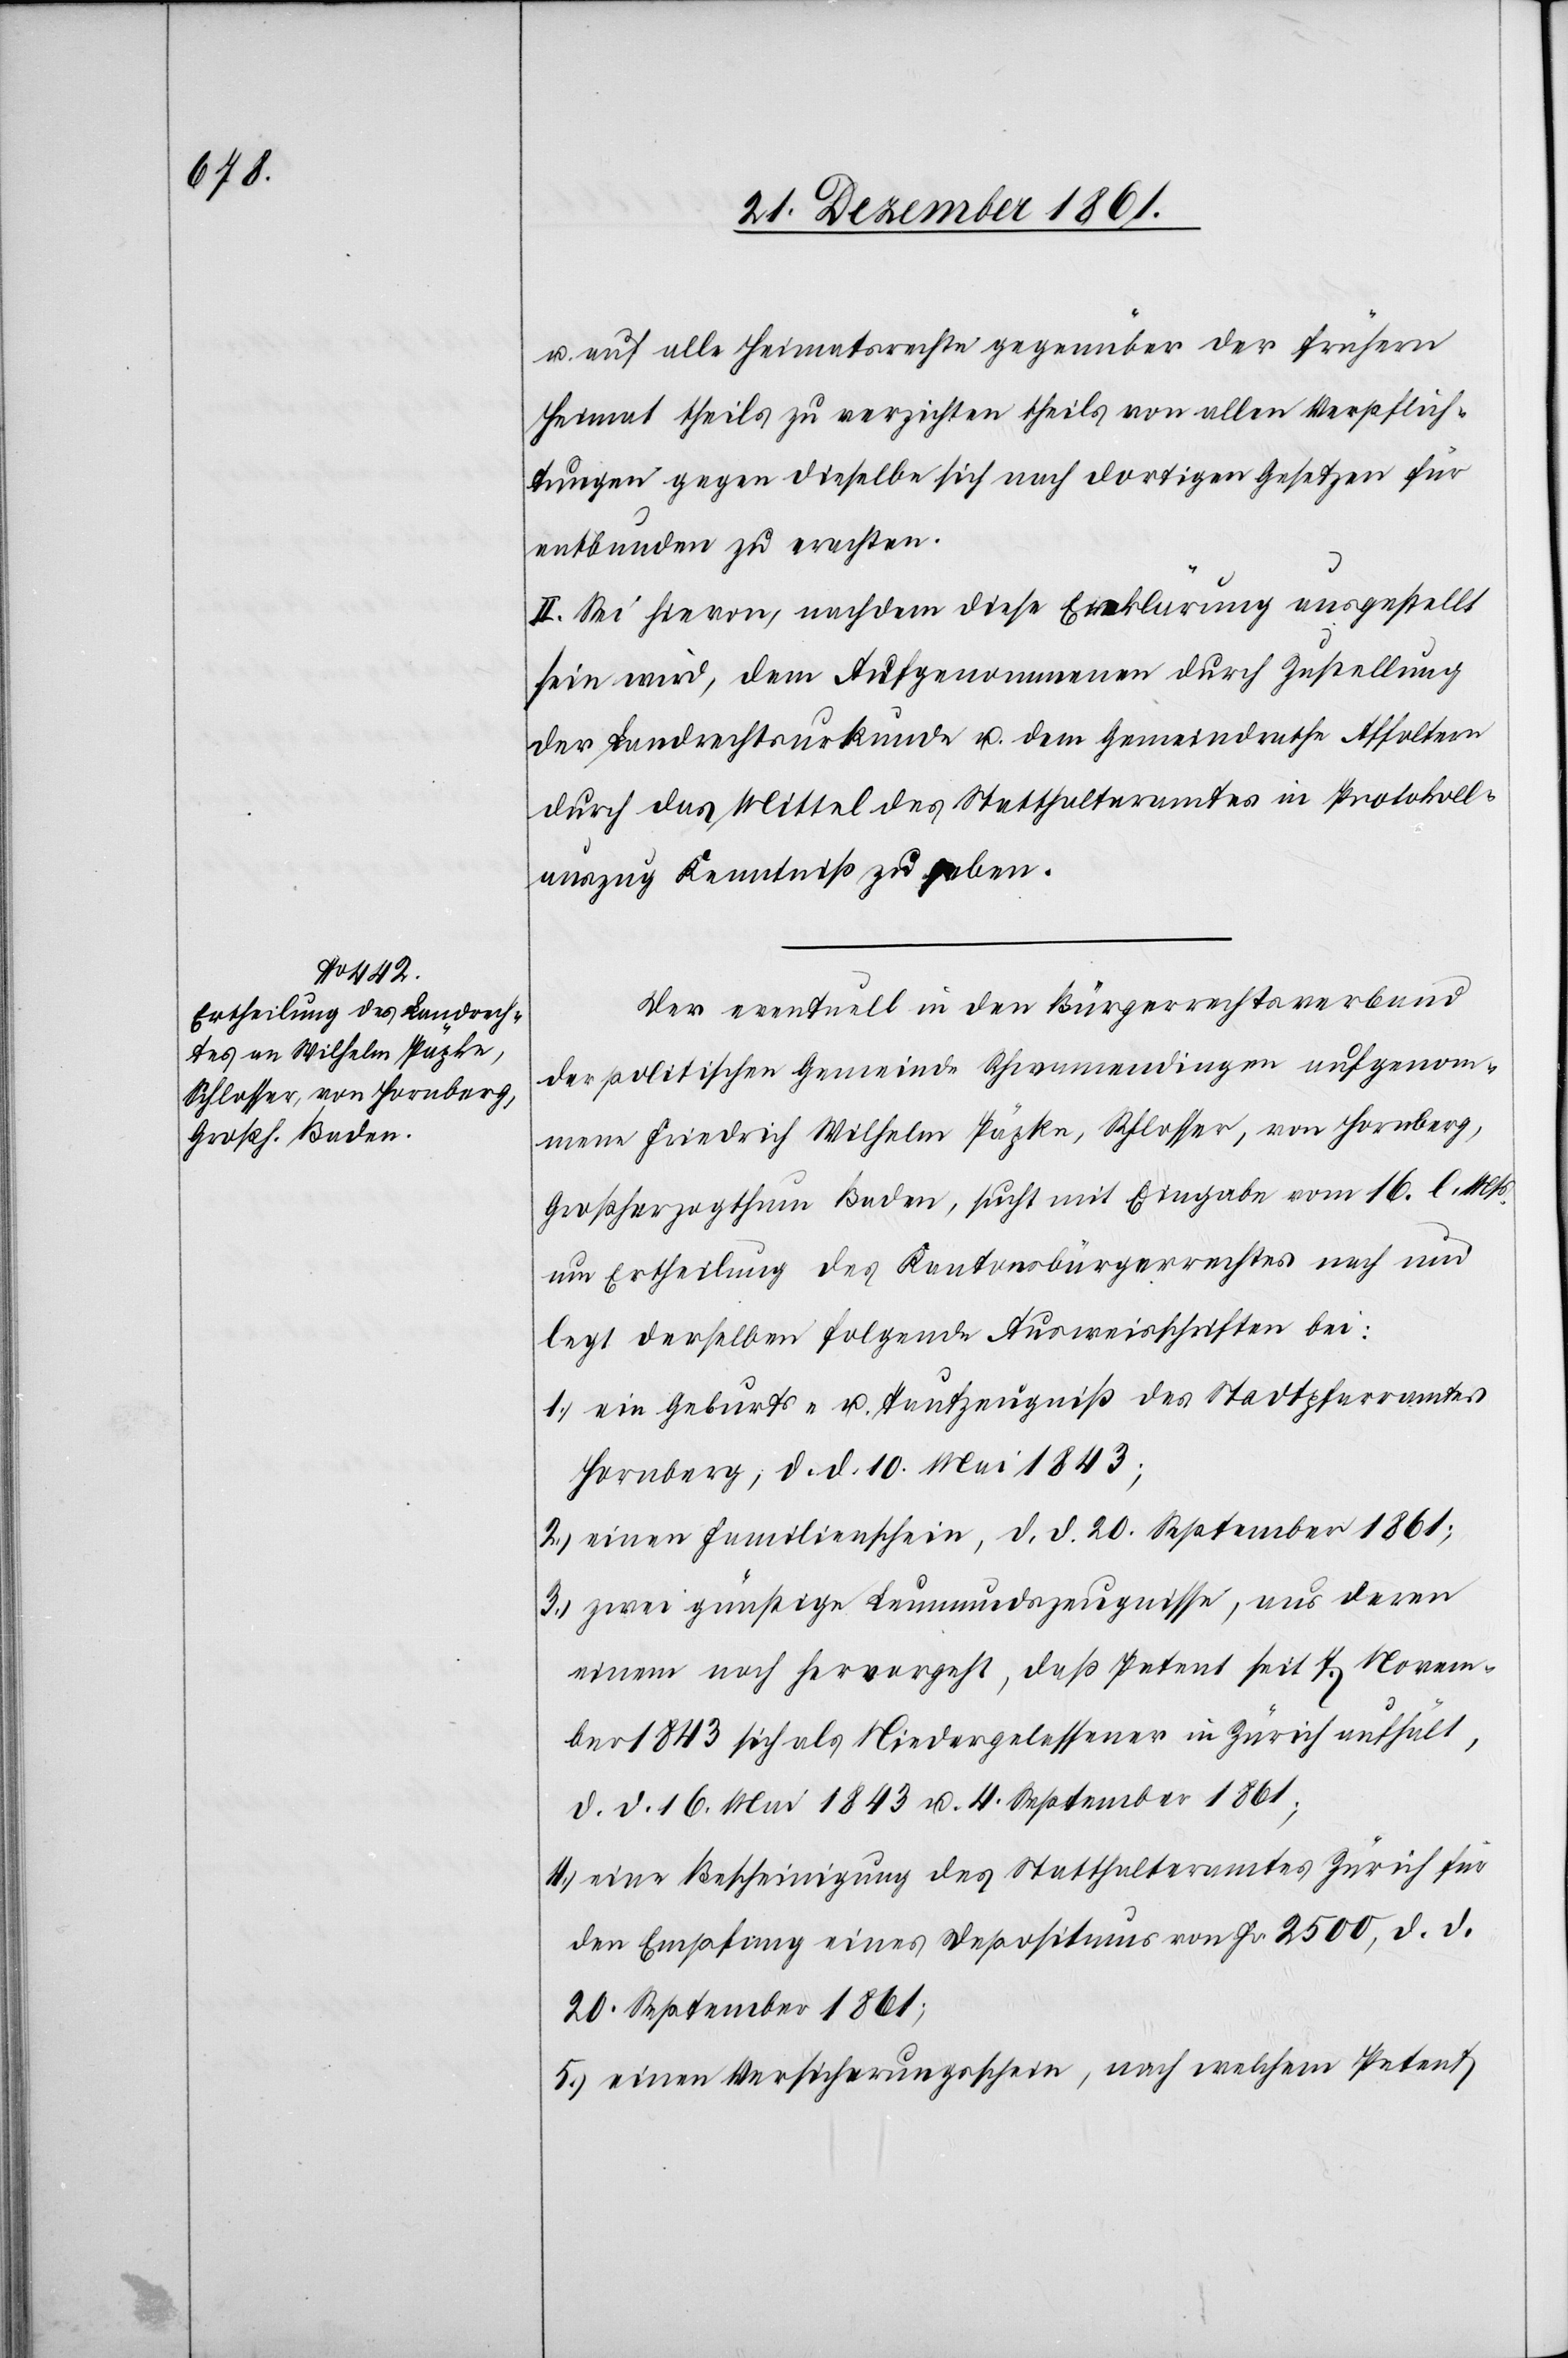
u. auf alle Heimatsrechte gegenüber der frühern
Heimat theils zu verzichten theils von allen Verpflich¬
tungen gegen dieselbe sich nach dortigen Gesetzen für
entbunden zu erachten.
II. Sei hievon, nachdem diese Erklärung ausgestellt
sein wird, dem Aufgenommenen durch Zustellung
der Landrechtsurkunde u. dem Gemeindrathe Affoltern
durch das Mittel des Statthalteramtes im Protokoll¬
auszug Kenntniß zu geben.
Der eventuell in den Bürgerrechtsverband
der politischen Gemeinde Schwamendingen aufgenom¬
mene Friedrich Wilhelm Päpke, Schlosser, von Hornberg,
Großherzogthum Baden, sucht mit Eingabe vom 16 l. Mts.
um Ertheilung des Kantonsbürgerrechtes nach und
legt derselben folgende Ausweisschriften bei:
1.) ein Geburts- u. Taufzeugniß des Stadtpfarramtes
Hornberg, d. d. 10 Mai 1843;
2.) einen Familienschein, d. d. 20 September 1861;
3.) zwei günstige Leumundszeugnisse, aus deren
einem noch hervorgeht, daß Petent seit 7 Novem¬
ber 1843 sich als Niedergelassener in Zürich aufhält,
d. d. 16 Mai 1843 u. 4 September 1861;
4.) eine Bescheinigung des Statthalteramtes Zürich für
den Empfang eines Depositums von Fr. 2500, d. d.
20 September 1861;
5.) einen Versicherungsschein, nach welchem Petent